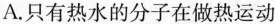
A.只有热水的分子在做热运动